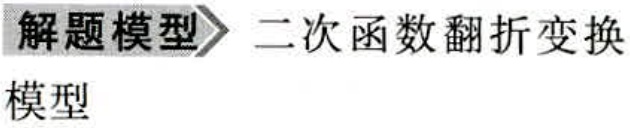
解题模型\rightarrow 二次函数翻折变换
模型